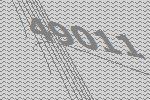
49011